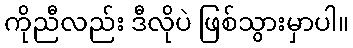
ကိုညီလည်း ဒီလိုပဲ ဖြစ်သွားမှာပါ။